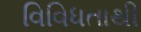
વિવિધતાથી